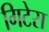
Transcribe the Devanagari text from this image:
गिटेस